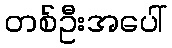
တစ်ဦးအပေါ်